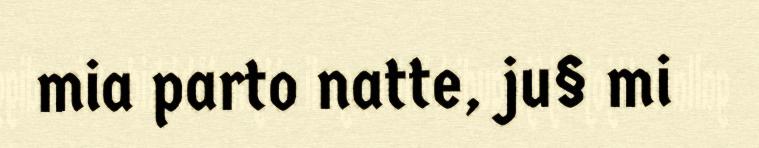
mia parto natte, ju§ mi